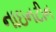
નાઇનટીન